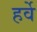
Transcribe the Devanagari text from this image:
हर्वे